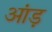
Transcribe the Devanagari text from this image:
आंड़